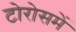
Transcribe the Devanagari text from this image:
टोरोसमें